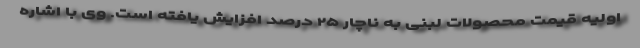
اولیه قیمت محصولات لبنی به ناچار ۲۵ درصد افزایش یافته است. وی با اشاره